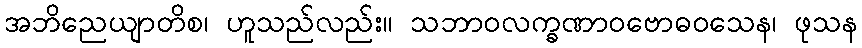
အဘိညေယျာတိစ၊ ဟူသည်လည်း။ သဘာဝလက္ခဏာဝဗောဓဝသေန၊ ဖုသန